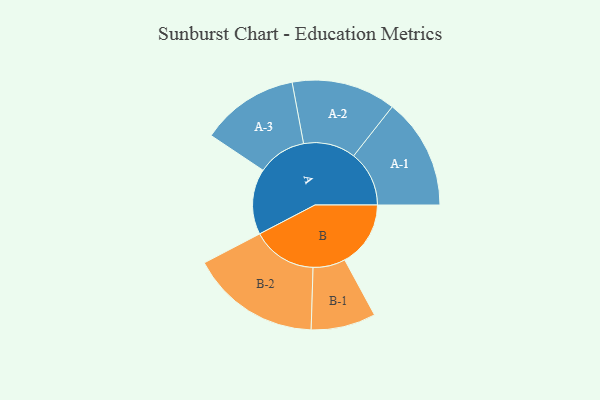
{"axis": {"x": "Segment", "y": "Value"}, "legend": ["", "A", "B"], "data": [{"x": "A", "y": 278, "type": ""}, {"x": "B", "y": 279, "type": ""}, {"x": "A-1", "y": 235, "type": "A"}, {"x": "A-2", "y": 221, "type": "A"}, {"x": "A-3", "y": 207, "type": "A"}, {"x": "B-1", "y": 137, "type": "B"}, {"x": "B-2", "y": 275, "type": "B"}]}